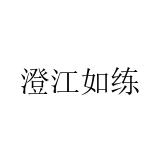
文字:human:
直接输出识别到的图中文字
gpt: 澄江如练